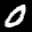
Label: 0